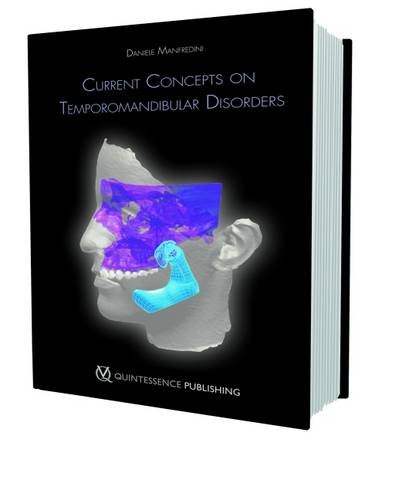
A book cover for Current Concepts on Temporomandibular Disorders; Daniele Manfredini; Medical Books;